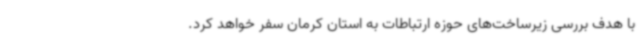
با هدف بررسی زیرساخت‌های حوزه ارتباطات به استان کرمان سفر خواهد کرد.